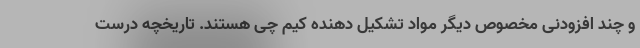
و چند افزودنی مخصوص دیگر مواد تشکیل دهنده کیم چی هستند. تاریخچه درست